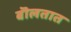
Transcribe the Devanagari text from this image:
बॊलतात